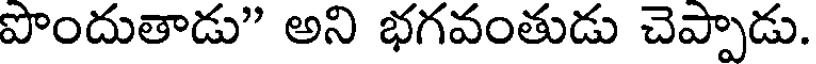
పొందుతాడు" అని భగవంతుడు చెప్పాడు.